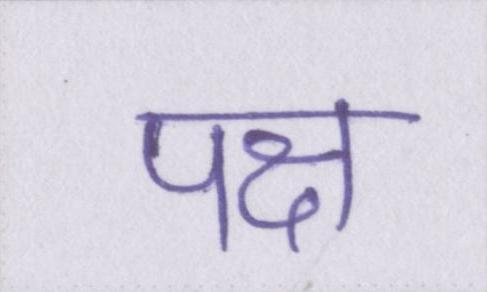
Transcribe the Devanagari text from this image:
पक्ष